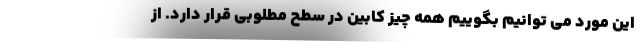
این مورد می توانیم بگوییم همه چیز کابین در سطح مطلوبی قرار دارد. از